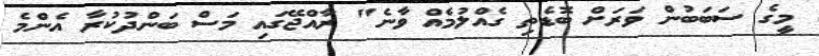
މީގެ ސަބަބުން ވަރަށް ބޮޑެތި ގެއްލުމެއް ވާނެ" ރާއްޖޭގައި މަސް ބަންދުކުރާ އެންމެ